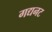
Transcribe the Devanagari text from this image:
गद्यनट